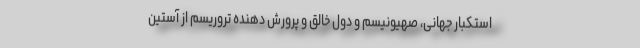
استکبار جهانی، صهیونیسم و دُوَل خالق و پرورش دهنده تروریسم از آستین